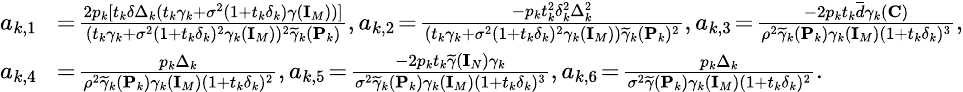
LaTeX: \small\begin{array}{rl}{a_{k,1}}&{\! =\! \frac{2p_{k}[t_{k}\delta\Delta_{k}(t_{k}\gamma_{k}+\sigma^{2}(1+t_{k}\delta_{k})\gamma({\mathbf{I}}_{M}))]}{(t_{k}\gamma_{k}+\sigma^{2}(1+t_{k}\delta_{k})^{2}\gamma_{k}({\mathbf{I}}_{M}))^{2}\widetilde{\gamma}_{k}({\mathbf{P}}_{k})},a_{k,2}\! =\! \frac{-p_{k}t_{k}^{2}\delta_{k}^{2}\Delta_{k}^{2}}{(t_{k}\gamma_{k}+\sigma^{2}(1+t_{k}\delta_{k})^{2}\gamma_{k}({\mathbf{I}}_{M}))\widetilde{\gamma}_{k}({\mathbf{P}}_{k})^{2}},a_{k,3}\! =\! \frac{-2p_{k}t_{k}\overline{{d}}\gamma_{k}({\mathbf{C}})}{\rho^{2}\widetilde{\gamma}_{k}({\mathbf{P}}_{k})\gamma_{k}({\mathbf{I}}_{M})(1+t_{k}\delta_{k})^{3}},}\\ {a_{k,4}}&{\! =\! \frac{p_{k}\Delta_{k}}{\rho^{2}\widetilde{\gamma}_{k}({\mathbf{P}}_{k})\gamma_{k}({\mathbf{I}}_{M})(1+t_{k}\delta_{k})^{2}},a_{k,5}\! =\! \frac{-2p_{k}t_{k}\widetilde{\gamma}({\mathbf{I}}_{N})\gamma_{k}}{\sigma^{2}\widetilde{\gamma}_{k}({\mathbf{P}}_{k})\gamma_{k}({\mathbf{I}}_{M})(1+t_{k}\delta_{k})^{3}},a_{k,6}\! =\! \frac{p_{k}\Delta_{k}}{\sigma^{2}\widetilde{\gamma}({\mathbf{P}}_{k})\gamma_{k}({\mathbf{I}}_{M})(1+t_{k}\delta_{k})^{2}}.}\end{array}